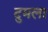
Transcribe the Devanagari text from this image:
दुमला